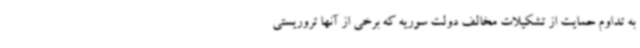
به تداوم حمایت از تشکیلات مخالف دولت سوریه که برخی از آنها تروریستی